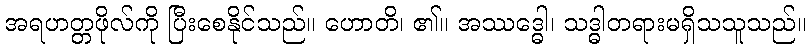
အရဟတ္တဖိုလ်ကို ပြီးစေနိုင်သည်။ ဟောတိ၊ ၏။ အဿဒ္ဓေါ၊ သဒ္ဓါတရားမရှိသသူသည်။